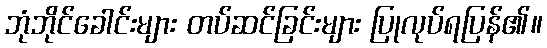
ဘုံဘိုင်ခေါင်းများ တပ်ဆင်ခြင်းများ ပြုလုပ်ရပြန်၏။